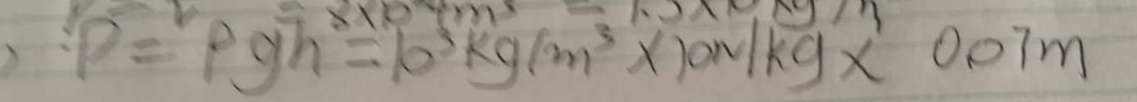
: p = \rho g h = 1 0 ^ { 3 } k g / m ^ { 3 } \times 1 0 N / k g \times 0 . 0 7 m